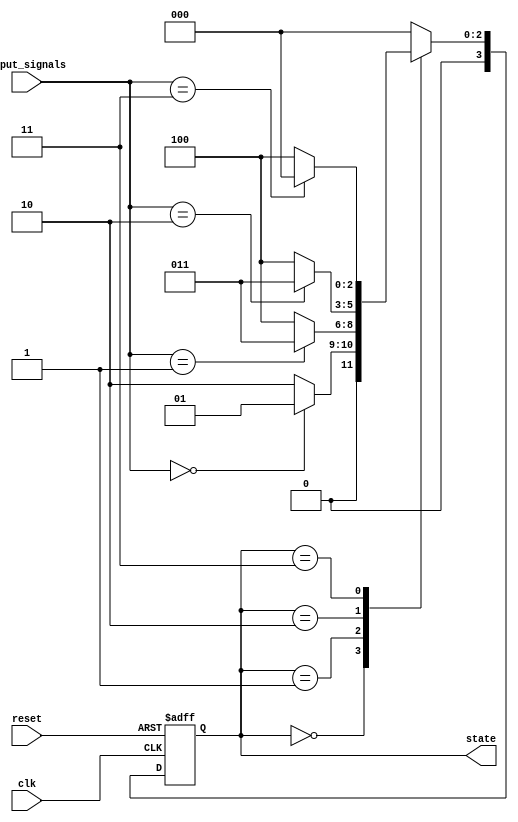
module state_machine(input clk, input reset, input [2:0] input_signals, output reg [3:0] state);

	//State registers
	reg [3:0] current_state;
	reg [3:0] next_state;

	//Combinational logic block
	always @ (posedge clk or posedge reset)
	begin
		if (reset)
			current_state <= 4'b0000; //initial state
		else
			current_state <= next_state;
	end

	//Priority encoding
	always @ (*)
	begin
		case (current_state)
			4'b0000: next_state = (input_signals == 3'b000) ? 4'b0001 : 4'b0010;
			4'b0001: next_state = (input_signals == 3'b001) ? 4'b0011 : 4'b0100;
			4'b0010: next_state = (input_signals == 3'b010) ? 4'b0011 : 4'b0100;
			4'b0011: next_state = (input_signals == 3'b011) ? 4'b0000 : 4'b0100;
			default: next_state = 4'b0000; //default state
		endcase
	end

	//Output state
	assign state = current_state;

endmodule